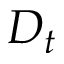
D _ { t }